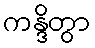
ကန္ဒိတွာ